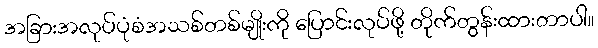
အခြားအလုပ်ပုံစံအသစ်တစ်မျိုးကို ပြောင်းလုပ်ဖို့ တိုက်တွန်းထားတာပါ။